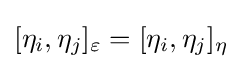
{\textstyle [\eta _{i},\eta _{j}]_{\varepsilon }=[\eta _{i},\eta _{j}]_{\eta }}